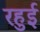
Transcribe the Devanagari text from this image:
रहुई